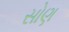
સોણ